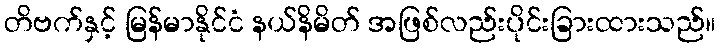
တိဗက်နှင့် မြန်မာနိုင်ငံ နယ်နိမိတ် အဖြစ်လည်းပိုင်းခြားထားသည်။